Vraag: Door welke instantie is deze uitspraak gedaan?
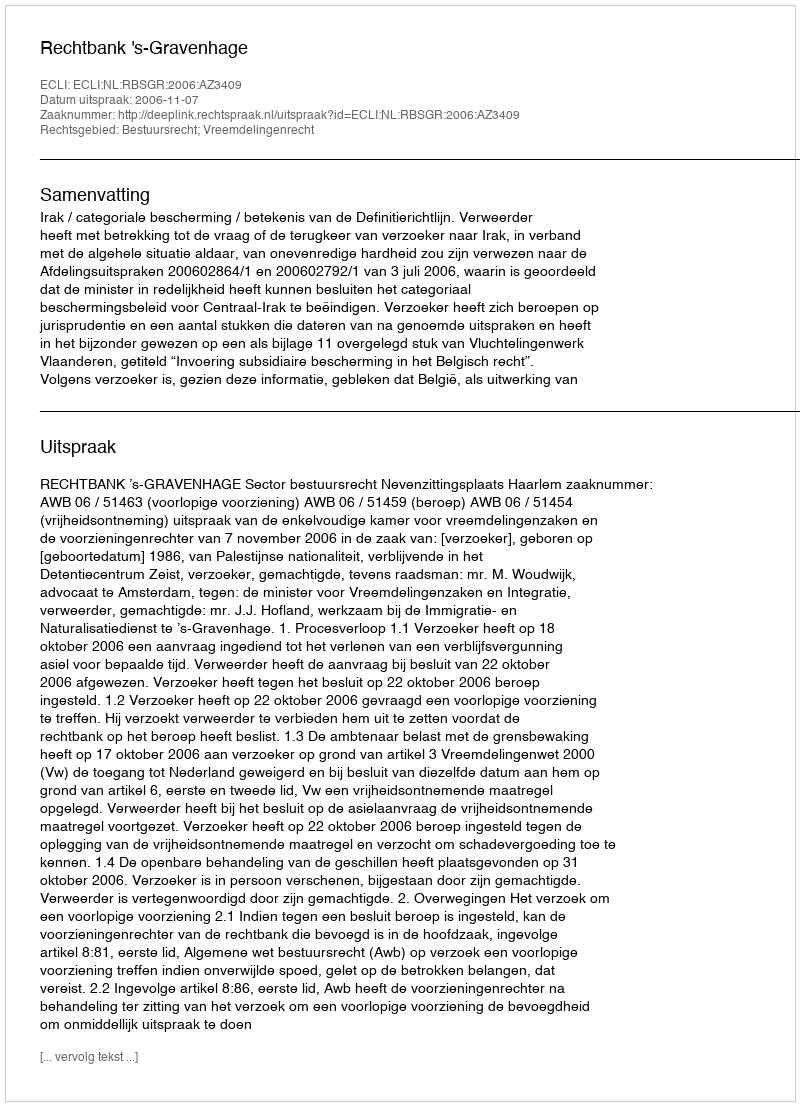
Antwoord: Rechtbank 's-Gravenhage